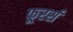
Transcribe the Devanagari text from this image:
फूरर्स